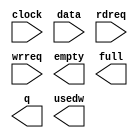
// megafunction wizard: %FIFO%VBB%
// GENERATION: STANDARD
// VERSION: WM1.0
// MODULE: scfifo 

// ============================================================
// Megafunction Name(s):
// 			scfifo
//
// Simulation Library Files(s):
// 			altera_mf
// ============================================================
// ************************************************************
// THIS IS A WIZARD-GENERATED FILE. DO NOT EDIT THIS FILE!
//
// 13.0.1 Build 232 06/12/2013 SP 1 SJ Full Version
// ************************************************************

//Copyright (C) 1991-2013 Altera Corporation
//Your use of Altera Corporation's design tools, logic functions 
//and other software and tools, and its AMPP partner logic 
//functions, and any output files from any of the foregoing 
//(including device programming or simulation files), and any 
//associated documentation or information are expressly subject 
//to the terms and conditions of the Altera Program License 
//Subscription Agreement, Altera MegaCore Function License 
//Agreement, or other applicable license agreement, including, 
//without limitation, that your use is for the sole purpose of 
//programming logic devices manufactured by Altera and sold by 
//Altera or its authorized distributors.  Please refer to the 
//applicable agreement for further details.

module fifo_rd (
	clock,
	data,
	rdreq,
	wrreq,
	empty,
	full,
	q,
	usedw);

	input	  clock;
	input	[7:0]  data;
	input	  rdreq;
	input	  wrreq;
	output	  empty;
	output	  full;
	output	[7:0]  q;
	output	[5:0]  usedw;

endmodule

// ============================================================
// CNX file retrieval info
// ============================================================
// Retrieval info: PRIVATE: AlmostEmpty NUMERIC "0"
// Retrieval info: PRIVATE: AlmostEmptyThr NUMERIC "-1"
// Retrieval info: PRIVATE: AlmostFull NUMERIC "0"
// Retrieval info: PRIVATE: AlmostFullThr NUMERIC "-1"
// Retrieval info: PRIVATE: CLOCKS_ARE_SYNCHRONIZED NUMERIC "0"
// Retrieval info: PRIVATE: Clock NUMERIC "0"
// Retrieval info: PRIVATE: Depth NUMERIC "64"
// Retrieval info: PRIVATE: Empty NUMERIC "1"
// Retrieval info: PRIVATE: Full NUMERIC "1"
// Retrieval info: PRIVATE: INTENDED_DEVICE_FAMILY STRING "Cyclone IV E"
// Retrieval info: PRIVATE: LE_BasedFIFO NUMERIC "0"
// Retrieval info: PRIVATE: LegacyRREQ NUMERIC "0"
// Retrieval info: PRIVATE: MAX_DEPTH_BY_9 NUMERIC "0"
// Retrieval info: PRIVATE: OVERFLOW_CHECKING NUMERIC "0"
// Retrieval info: PRIVATE: Optimize NUMERIC "0"
// Retrieval info: PRIVATE: RAM_BLOCK_TYPE NUMERIC "0"
// Retrieval info: PRIVATE: SYNTH_WRAPPER_GEN_POSTFIX STRING "0"
// Retrieval info: PRIVATE: UNDERFLOW_CHECKING NUMERIC "0"
// Retrieval info: PRIVATE: UsedW NUMERIC "1"
// Retrieval info: PRIVATE: Width NUMERIC "8"
// Retrieval info: PRIVATE: dc_aclr NUMERIC "0"
// Retrieval info: PRIVATE: diff_widths NUMERIC "0"
// Retrieval info: PRIVATE: msb_usedw NUMERIC "0"
// Retrieval info: PRIVATE: output_width NUMERIC "8"
// Retrieval info: PRIVATE: rsEmpty NUMERIC "1"
// Retrieval info: PRIVATE: rsFull NUMERIC "0"
// Retrieval info: PRIVATE: rsUsedW NUMERIC "1"
// Retrieval info: PRIVATE: sc_aclr NUMERIC "0"
// Retrieval info: PRIVATE: sc_sclr NUMERIC "0"
// Retrieval info: PRIVATE: wsEmpty NUMERIC "0"
// Retrieval info: PRIVATE: wsFull NUMERIC "1"
// Retrieval info: PRIVATE: wsUsedW NUMERIC "0"
// Retrieval info: LIBRARY: altera_mf altera_mf.altera_mf_components.all
// Retrieval info: CONSTANT: ADD_RAM_OUTPUT_REGISTER STRING "OFF"
// Retrieval info: CONSTANT: INTENDED_DEVICE_FAMILY STRING "Cyclone IV E"
// Retrieval info: CONSTANT: LPM_NUMWORDS NUMERIC "64"
// Retrieval info: CONSTANT: LPM_SHOWAHEAD STRING "ON"
// Retrieval info: CONSTANT: LPM_TYPE STRING "scfifo"
// Retrieval info: CONSTANT: LPM_WIDTH NUMERIC "8"
// Retrieval info: CONSTANT: LPM_WIDTHU NUMERIC "6"
// Retrieval info: CONSTANT: OVERFLOW_CHECKING STRING "ON"
// Retrieval info: CONSTANT: UNDERFLOW_CHECKING STRING "ON"
// Retrieval info: CONSTANT: USE_EAB STRING "ON"
// Retrieval info: USED_PORT: clock 0 0 0 0 INPUT NODEFVAL "clock"
// Retrieval info: USED_PORT: data 0 0 8 0 INPUT NODEFVAL "data[7..0]"
// Retrieval info: USED_PORT: empty 0 0 0 0 OUTPUT NODEFVAL "empty"
// Retrieval info: USED_PORT: full 0 0 0 0 OUTPUT NODEFVAL "full"
// Retrieval info: USED_PORT: q 0 0 8 0 OUTPUT NODEFVAL "q[7..0]"
// Retrieval info: USED_PORT: rdreq 0 0 0 0 INPUT NODEFVAL "rdreq"
// Retrieval info: USED_PORT: usedw 0 0 6 0 OUTPUT NODEFVAL "usedw[5..0]"
// Retrieval info: USED_PORT: wrreq 0 0 0 0 INPUT NODEFVAL "wrreq"
// Retrieval info: CONNECT: @clock 0 0 0 0 clock 0 0 0 0
// Retrieval info: CONNECT: @data 0 0 8 0 data 0 0 8 0
// Retrieval info: CONNECT: @rdreq 0 0 0 0 rdreq 0 0 0 0
// Retrieval info: CONNECT: @wrreq 0 0 0 0 wrreq 0 0 0 0
// Retrieval info: CONNECT: empty 0 0 0 0 @empty 0 0 0 0
// Retrieval info: CONNECT: full 0 0 0 0 @full 0 0 0 0
// Retrieval info: CONNECT: q 0 0 8 0 @q 0 0 8 0
// Retrieval info: CONNECT: usedw 0 0 6 0 @usedw 0 0 6 0
// Retrieval info: GEN_FILE: TYPE_NORMAL fifo_rd.v TRUE
// Retrieval info: GEN_FILE: TYPE_NORMAL fifo_rd.inc FALSE
// Retrieval info: GEN_FILE: TYPE_NORMAL fifo_rd.cmp FALSE
// Retrieval info: GEN_FILE: TYPE_NORMAL fifo_rd.bsf FALSE
// Retrieval info: GEN_FILE: TYPE_NORMAL fifo_rd_inst.v FALSE
// Retrieval info: GEN_FILE: TYPE_NORMAL fifo_rd_bb.v TRUE
// Retrieval info: LIB_FILE: altera_mf